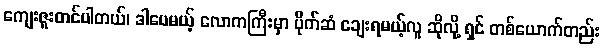
ကျေးဇူးတင်ပါတယ်၊ ဒါပေမယ့် လောကကြီးမှာ ပိုက်ဆံ ချေးရမယ့်လူ ဆိုလို့ ရှင် တစ်ယောက်တည်း